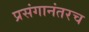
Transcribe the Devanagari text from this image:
प्रसंगानंतरच